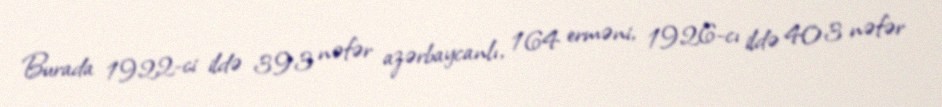
Burada 1922-ci ildə 393 nəfər azərbaycanlı, 164 erməni, 1926-cı ildə 403 nəfər